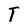
Character: T